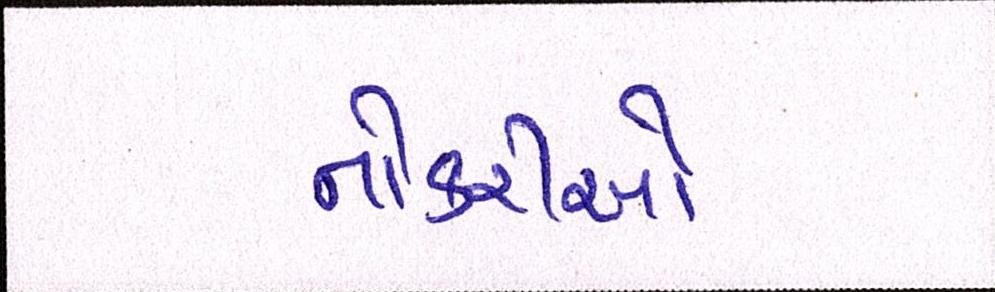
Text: નોકરીઓ